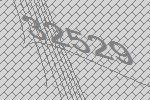
32529